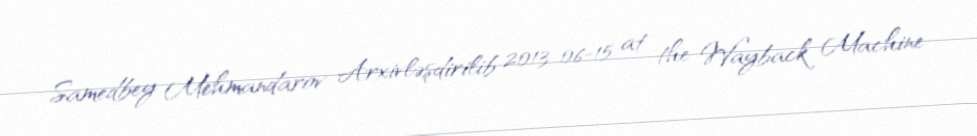
Samedbey Mehmandarov Arxivləşdirilib 2013-06-15 at the Wayback Machine